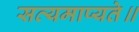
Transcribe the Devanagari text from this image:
सत्यमाप्यते॥